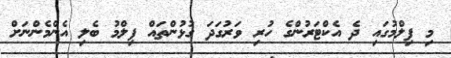
މި ފިލްމުގައި ދެ އެކްޓަރުންގެ ހުރި ވަރުގަދަ ގުޅުންތައް ފިލްމު ބެލި އެންމެންނަށް